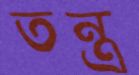
তন্ত্র